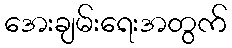
အေးချမ်းရေးအတွက်